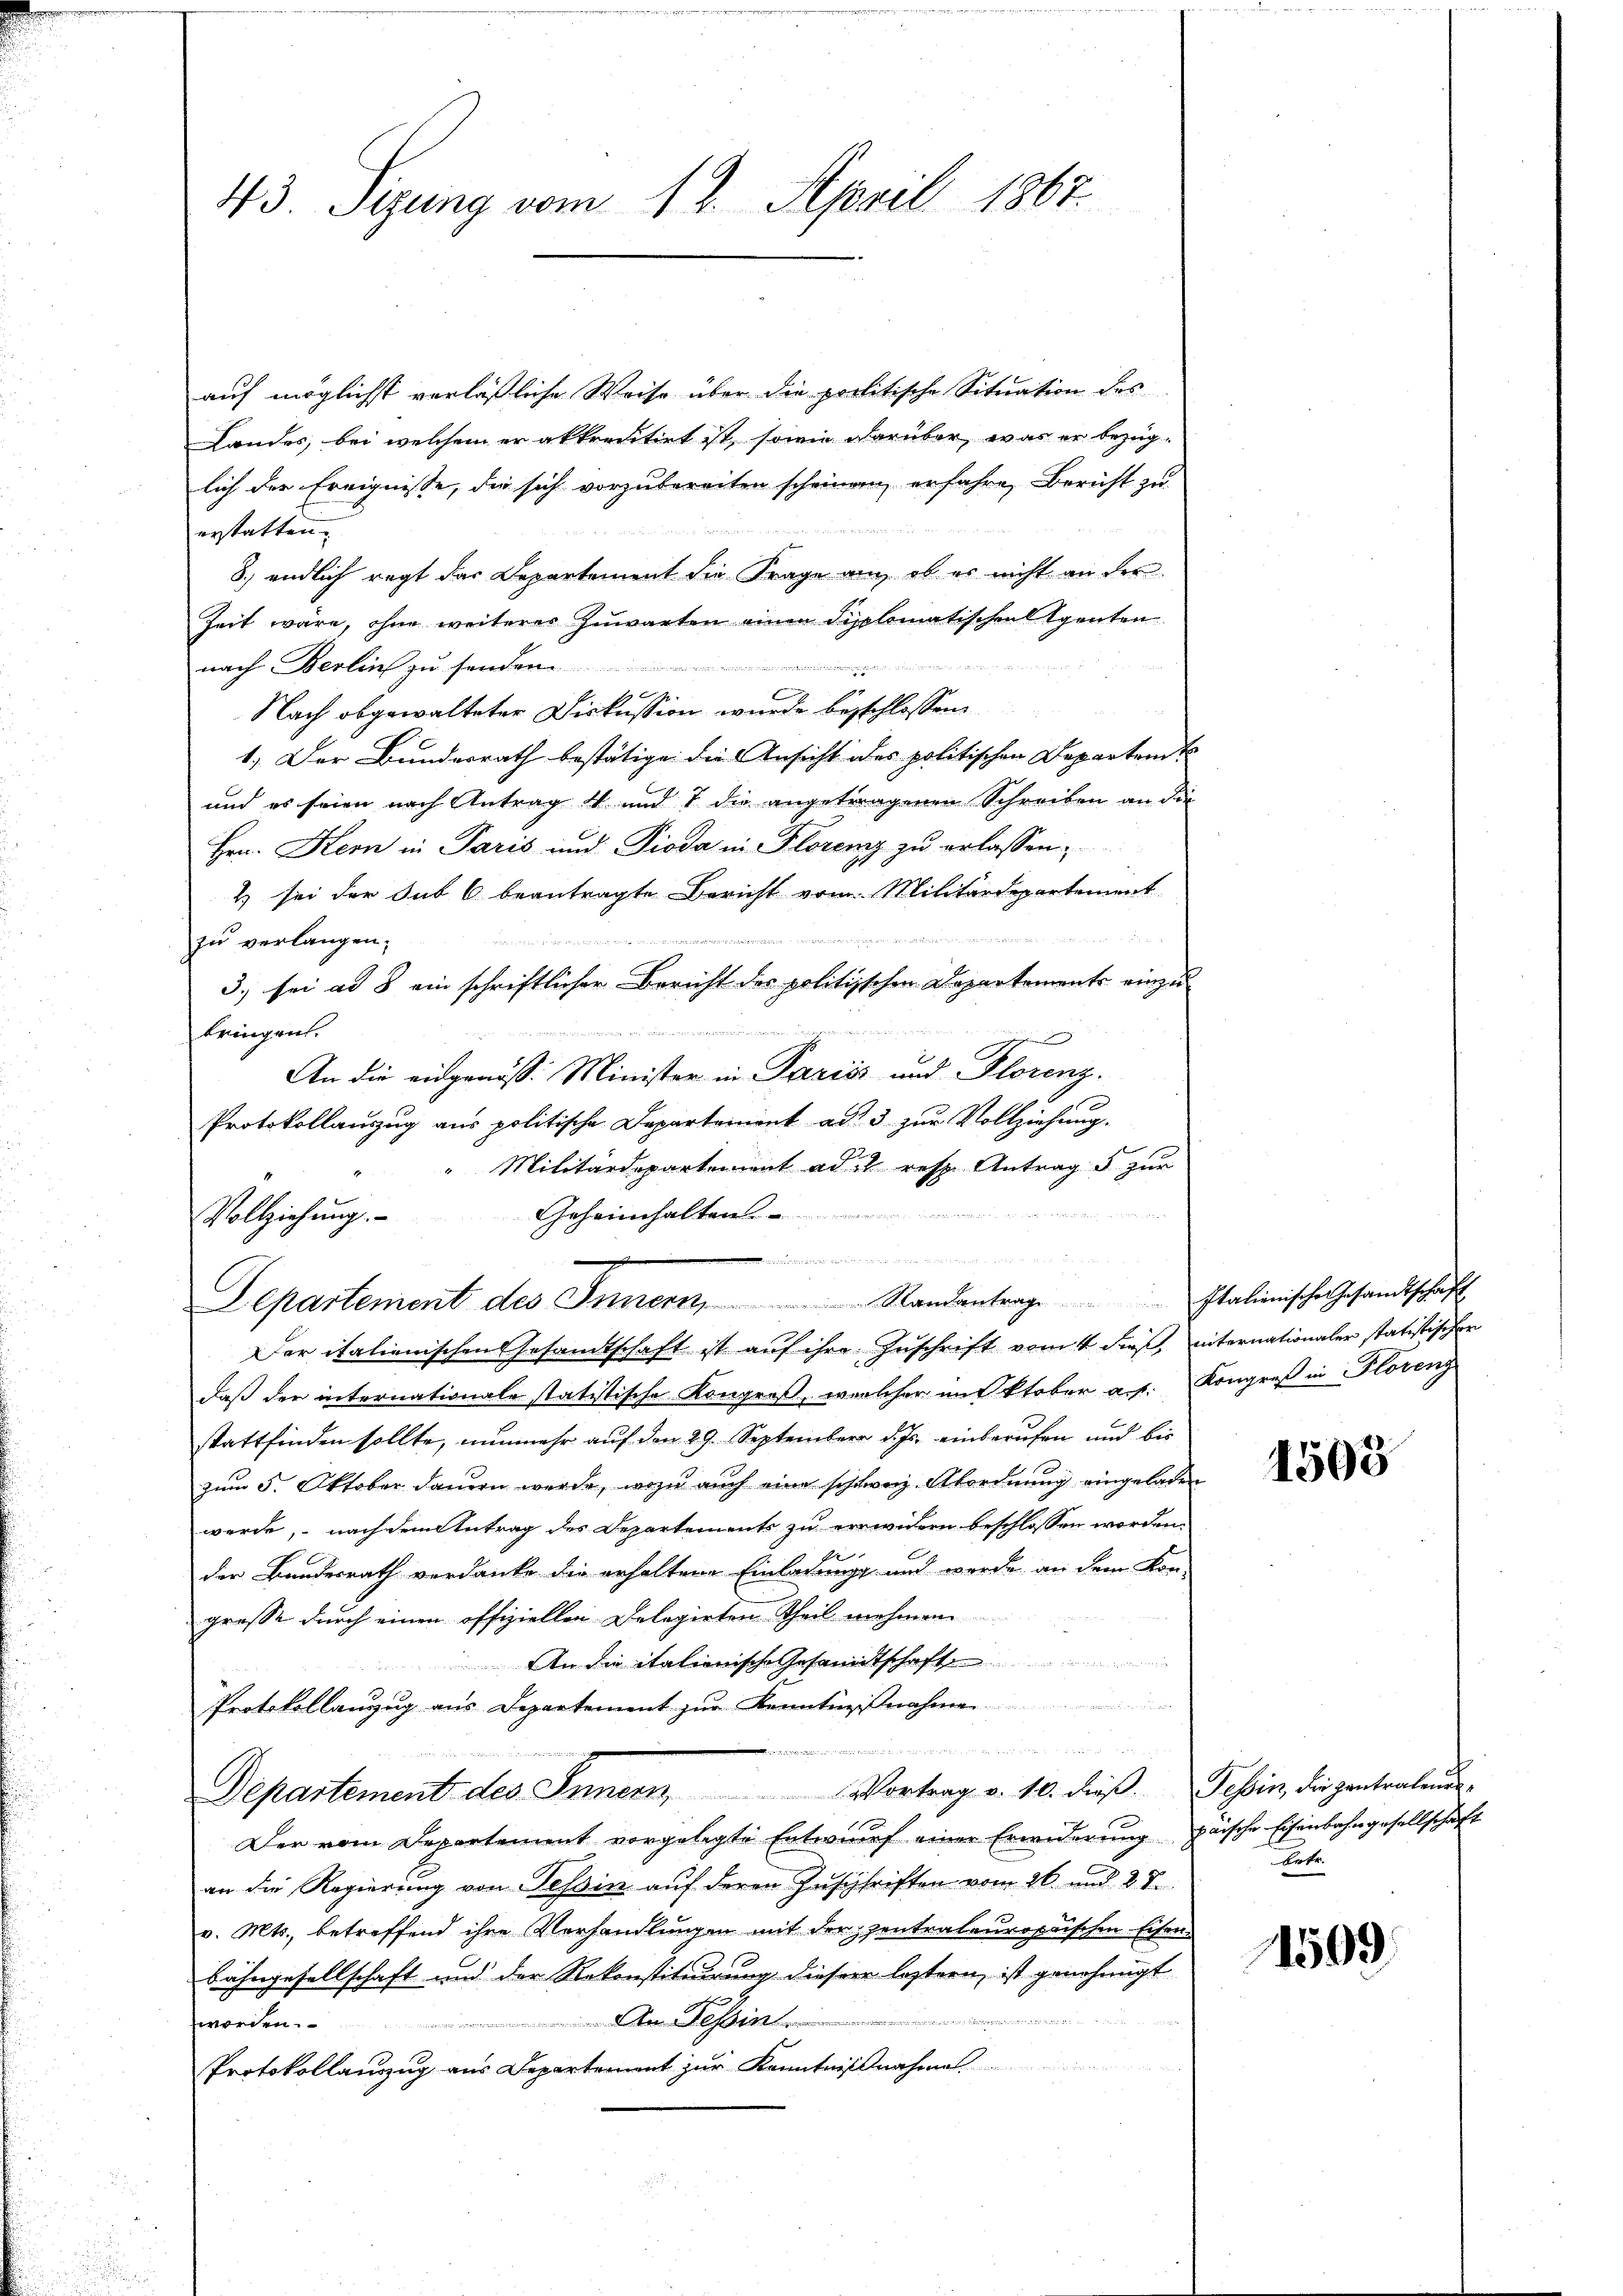
43. Sizung vom 12. April 1867.

Vollziehung.

auf möglichst verläßliche Weise über die politische Situation des
Landes, bei welchem er akkreditirt ist, sowie darüber, was er bezuglich der Ereignisse, die sich vorzubereiten scheinen, erfahre, Bericht zu
erstatten.
8.) endlich regt das Departement die Frage an, ob er nicht an der
Zeit wäre, ohne weiterer Zuwarten einen Sipplomatischen Eigenten
542 nur mit des Raudner in Probe und ein sei, in
nach Berlins zu senden.
x
Nach abgewalteter Diskussion wurde beschlossen
1.) Der Bundesrath bestätige die Ansicht des politischen Departend
und es seien nach Antrag 4 und 7 die angetragenen Schreiben an die
.
Hrn. Kern in Paris und Pioda in Florenz zu erlassen,
& sei der Sub 6 beantragte Bericht vom Militärdepartement

zu verlangen;
3.) sei ad § ein schriftlicher Bericht der politischen Departements einzude
bringen.

.
An die eidgenöss. Minister in Paris und Florenz.
Protokollauszug aus politische Departement ad 3 zur Vollziehung.
Militärdepartement ad 12 resp. Antrags zur
n
Geheimhalten
da
Separtement des Innern Randantrag Italienische Gesandtschaft
Der italienischen Gesandtschaft ist auf ihre Zuschrift vom 4. dieß, internationaler statistischen
daß der internationale statistische Kongroß, welcher mit ktober auf. Kongreß in Florenz
stattfinden sollte, nunmehr auf den 29. September d. Js. einberufen und bis
zum 5. Oktober dauern werde, wozu auch eine schweiz Abordnung eingeladen
werde, nach dem Antrag des Departements zu erwidern beschlossen worden.
x
der Bundesrath verdanke die erhaltene Einladung und werde an dem Kon-
große durch einen offiziellen Delegirten Theil nehmen
An die italienische Gesandtschaft
Protokollanzŭg aŭs Departement zŭr Kenntnisnah

Departement des Innern, Vortrag v. 10. dieβ. Schin, die gantralende
Der vom Departement vorgelegte Entwurf einer Erwiderung paische Eisenbahngesellschaft
an die Regierung von Tessin auf deren Zuschriften vom 26. und 2 S.
v. Mts., betreffend ihre Verhandlungen mit der zentrateuropaischen Eisen¬
Bähngesellschaft und der Rekonstituirung dieser leztern, ist genehmigt
22
An Tessin.
worden.
Protokollanzug aus Departement zur Kenntnißnahme

1593

Ertr

1509